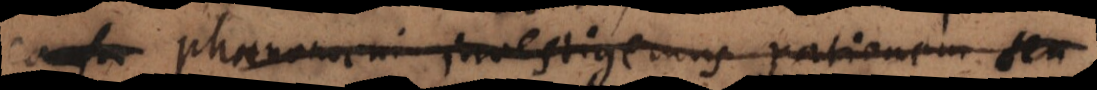
causa phaenomeni investigemus rationem seu